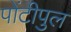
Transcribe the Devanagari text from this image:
पोंटीपुल